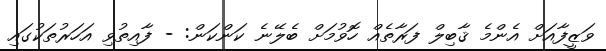
ވަޒީފާއަށް އެންމެ ޤާބިލް ފަރާތެއް ހޮވުމަށް ބެލޭނެ ކަންކަން: - ފާއިތުވި އަހަރުތަކުގައި